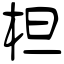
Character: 柦